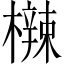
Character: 𬅀